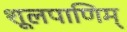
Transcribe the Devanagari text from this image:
शूलपाणिम्